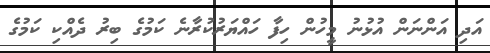
އަދި އަންނަން އުޅުނު މީހުން ހިފާ ހައްޔަރުކުރާނެ ކަމުގެ ބިރު ދެއްކި ކަމުގެ